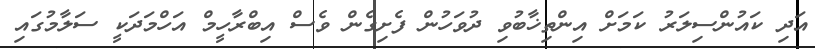
އަދި ކައުންސިލަރު ކަމަށް އިންތިޚާބުވި ދުވަހުން ފެށިގެން ވެސް އިބްރާހީމް އަހްމަދަކީ ސަލާމުގައި